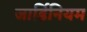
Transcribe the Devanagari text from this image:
जार्डिनियम